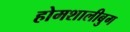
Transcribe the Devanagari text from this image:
होमशालीबुग